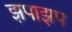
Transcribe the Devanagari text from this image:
झपाझप